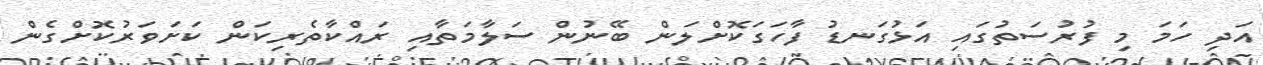
އަދި ހަމަ މި ފުރުސަތުގައި އަޅުގަނޑު ފާހަގަކޮށްލަން ބޭނުން ސަލާމަތާއި ރައްކާތެރިކަން ކަށަވަރުކޮށްގެން